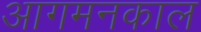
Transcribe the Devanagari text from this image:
आगमनकाल